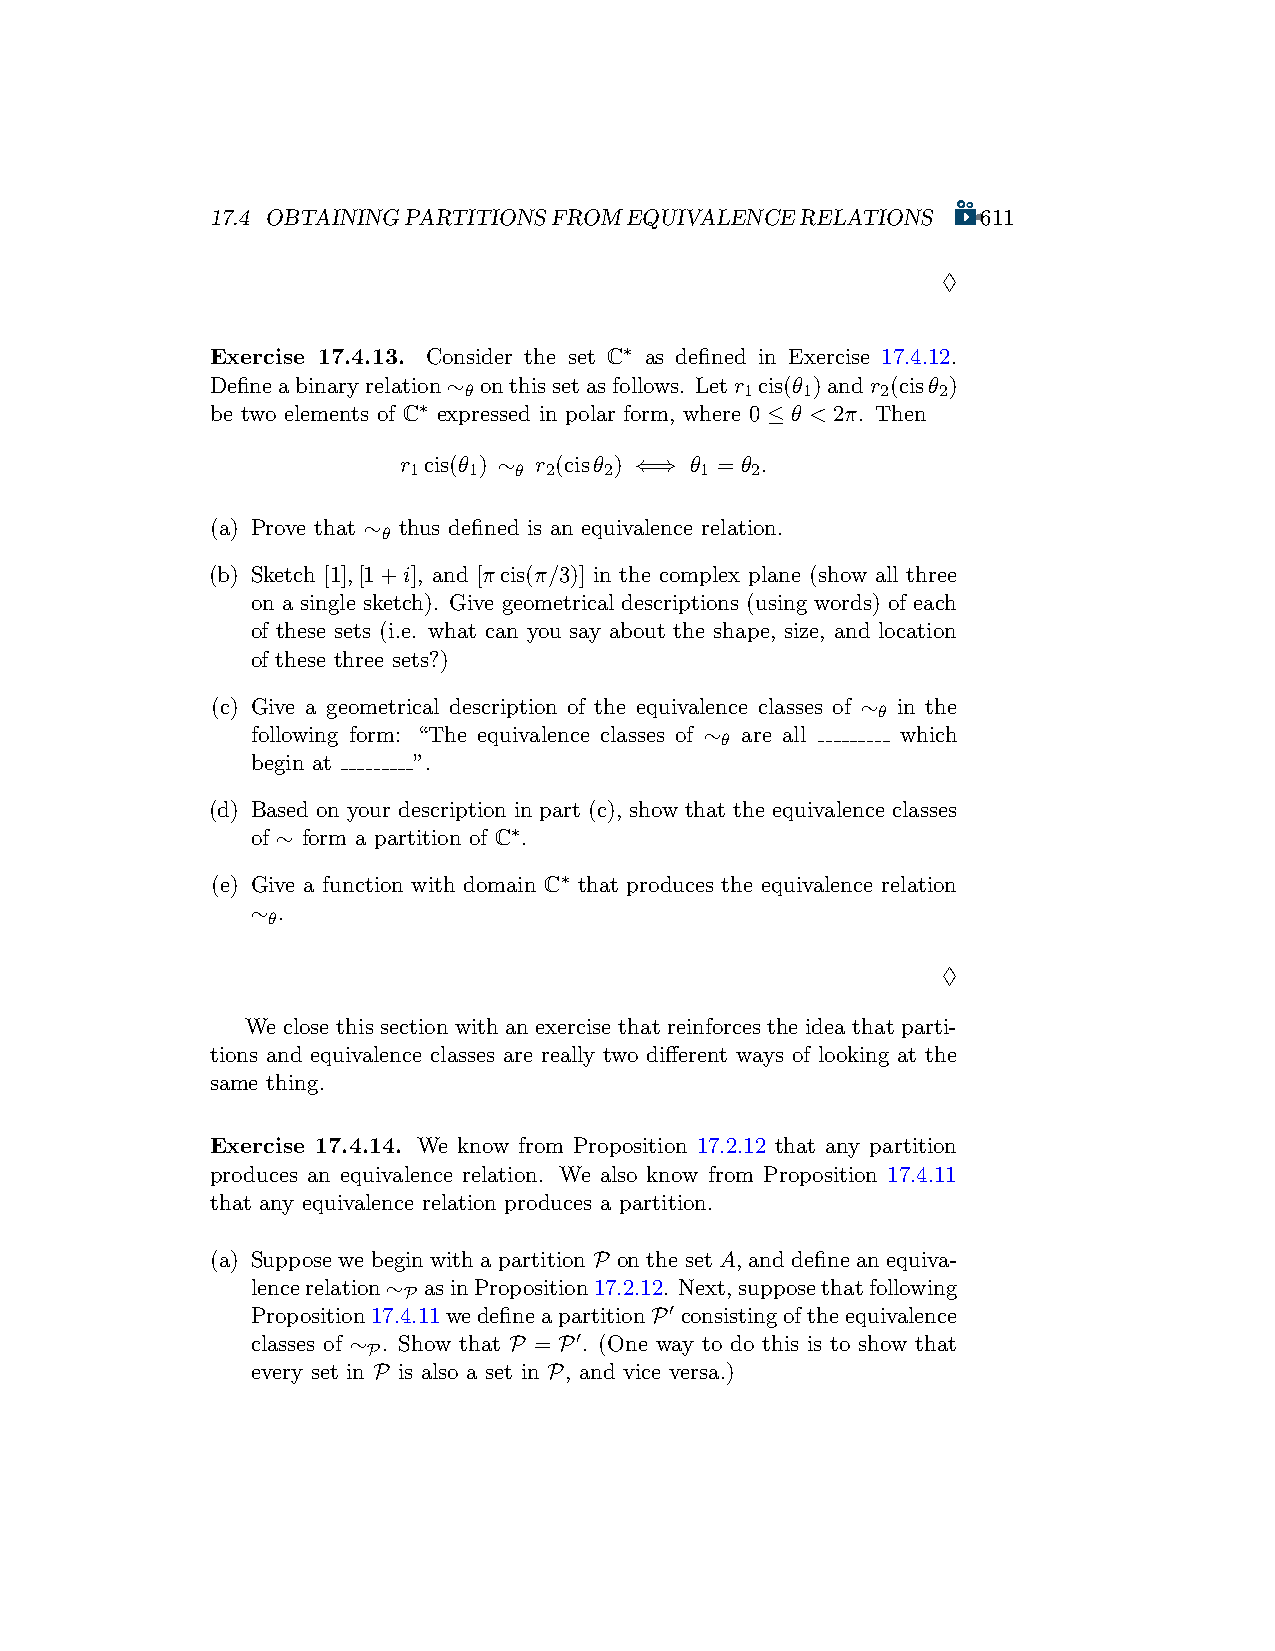
17.4 OBTAININGPARTITIONSFROMEQUIVALENCERELATIONS   611
 ♢
 Exercise 17.4.13. Consider the set C∗ as defined in Exercise 17.4.12.
 Defineabinaryrelation∼ onthissetasfollows. Letr cis(θ )andr (cisθ )
 θ                 1   1    2   2
 be two elements of C∗ expressed in polar form, where 0 ≤ θ < 2π. Then
 r cis(θ ) ∼ r (cisθ ) ⇐⇒ θ = θ .
 1   1  θ 2   2     1   2
 (a) Prove that ∼ thus defined is an equivalence relation.
 θ
 (b) Sketch [1],[1+i], and [πcis(π/3)] in the complex plane (show all three
 on a single sketch). Give geometrical descriptions (using words) of each
 of these sets (i.e. what can you say about the shape, size, and location
 of these three sets?)
 (c) Give a geometrical description of the equivalence classes of ∼ in the
 θ
 following form: “The equivalence classes of ∼ are all which
 θ
 begin at  ”.
 (d) Based on your description in part (c), show that the equivalence classes
 of ∼ form a partition of C∗.
 (e) Give a function with domain C∗ that produces the equivalence relation
 ∼ .
 θ
 ♢
 We close this section with an exercise that reinforces the idea that parti-
 tions and equivalence classes are really two different ways of looking at the
 same thing.
 Exercise 17.4.14. We know from Proposition 17.2.12 that any partition
 produces an equivalence relation. We also know from Proposition 17.4.11
 that any equivalence relation produces a partition.
 (a) Suppose we begin with a partition P on the set A, and define an equiva-
 lencerelation∼ asinProposition17.2.12. Next,supposethatfollowing
 P
 Proposition17.4.11wedefineapartitionP′ consistingoftheequivalence
 classes of ∼ . Show that P = P′. (One way to do this is to show that
 P
 every set in P is also a set in P, and vice versa.)